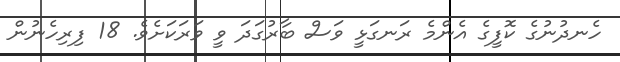
ހެނދުނުގެ ކޮފީގެ އެންމެ ރަނގަޅީީ ވަސް ބާރުގަދަ ވީ ވަރަކަށެެވެ. 18 ފިރިހެނުން